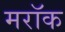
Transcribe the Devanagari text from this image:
मरॉक